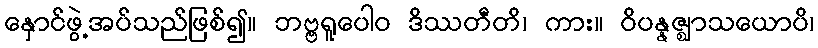
နှောင်ဖွဲ့အပ်သည်ဖြစ်၍။ ဘဗ္ဗရူပေါဝ ဒိဿတီတိ၊ ကား။ ဝိပန္နဇ္ဈာသယောပိ၊